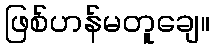
ဖြစ်ဟန်မတူချေ။